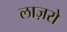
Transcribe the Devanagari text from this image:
लाज़रो